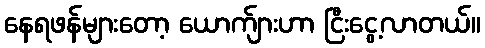
နေရဖန်များတော့ ယောက်ျားဟာ ငြီးငွေ့လာတယ်။